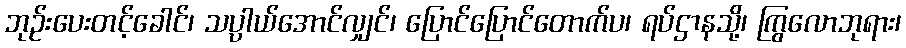
ဘုဉ်းပေးတင့်ခေါင်၊ သပ္ပါယ်အောင်လျှင်၊ ပြောင်ပြောင်တောက်ပ၊ ရပ်ဌာနသို့၊ ကြွလောဘုရား၊